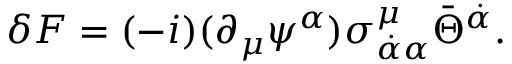
\delta F = ( - i ) ( \partial _ { \mu } \psi ^ { \alpha } ) \sigma _ { \dot { \alpha } \alpha } ^ { \mu } \bar { \Theta } ^ { \dot { \alpha } } .